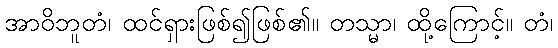
အာဝိဘူတံ၊ ထင်ရှားဖြစ်၍ဖြစ်၏။ တသ္မာ၊ ထို့ကြောင့်။ တံ၊